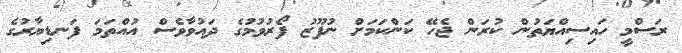
ރަސްމީ ހައިސިއްޔަތުން ކުރަން ޖެހޭ ކަންކަމަށް ނުފޫޒު ފޯރުވުމުގެ ދައުވާވެސް އުއްތަމަ ފަނޑިޔާރުގެ